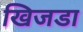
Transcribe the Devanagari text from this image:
खिजडा